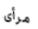
مرأى